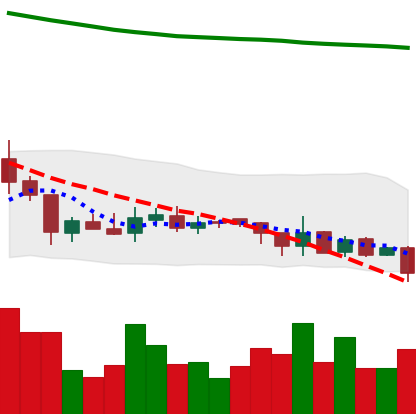
Ticker: XRP-USD
Chart end date: 2018-08-06
Forward return: -27.246%
Label: down_7plus